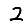
Digit: 2